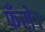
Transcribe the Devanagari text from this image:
फँसे।